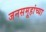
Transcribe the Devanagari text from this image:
जनसमूहांच्या